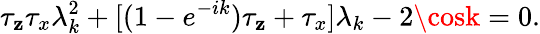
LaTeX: \tau_{\mathbf{z}}\tau_{x}\lambda_{k}^{2}+[(1-e^{-ik})\tau_{\mathbf{z}}+\tau_{x}]\lambda_{k}-2\cosk=0.